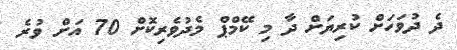
ދެ ދުވަހަށް ކުރިޔަށް ދާ މި ކޭމްޕް މެދުވެރިކޮށް 70 އަށް ވުރެ